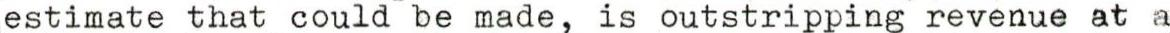
estimate that could be made, is outstripping revenue at a